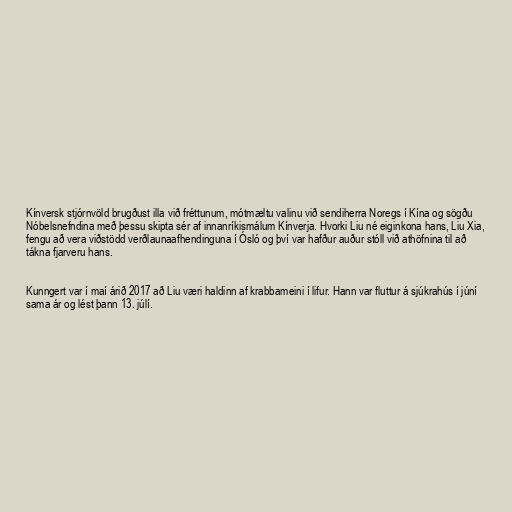
Kínversk stjórnvöld brugðust illa við fréttunum, mótmæltu valinu við sendiherra Noregs í Kína og sögðu
Nóbelsnefndina með þessu skipta sér af innanríkismálum Kínverja. Hvorki Liu né eiginkona hans, Liu Xia,
fengu að vera viðstödd verðlaunaafhendinguna í Ósló og því var hafður auður stóll við athöfnina til að
tákna fjarveru hans.

Kunngert var í maí árið 2017 að Liu væri haldinn af krabbameini í lifur. Hann var fluttur á sjúkrahús í júní
sama ár og lést þann 13. júlí.